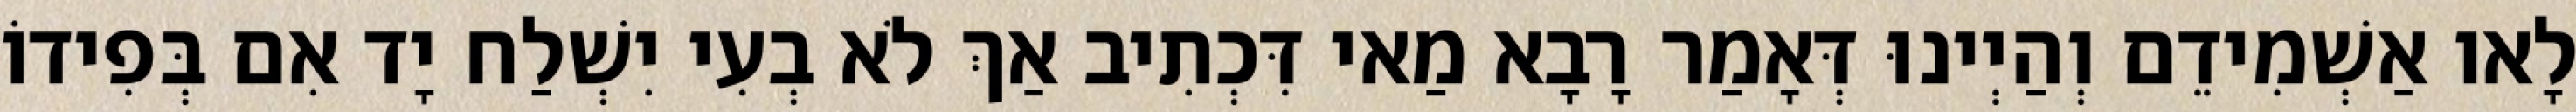
לָאו אַשְׁמִידֵם וְהַיְינוּ דְּאָמַר רָבָא מַאי דִּכְתִיב אַךְ לֹא בְעִי יִשְׁלַח יָד אִם בְּפִידוֹ